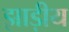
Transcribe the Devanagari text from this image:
झाड़ीय